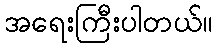
အရေးကြီးပါတယ်။